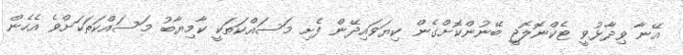
އޭނާ ވިދާޅުވީ ޓެކްނޮލޮޖީ ބޭނުންކޮށްގެން ކިޔަވައިދޭން ފެށި މަސައްކަތަކީ ކާމިޔާބު މަސައްކަތަކަށްވެ އެހެން